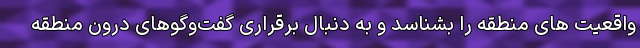
واقعیت های منطقه را بشناسد و به دنبال برقراری گفت‌وگوهای درون منطقه